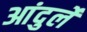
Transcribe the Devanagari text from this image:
आंदुर्ले